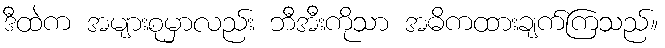
ဒီထဲက အများစုမှာလည်း ဘီအီးကိုသာ အဓိကထားချက်ကြသည်။